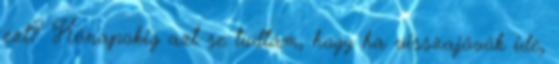
ezt? Hónapokig azt se tudtam, hogy ha visszajövök ide,